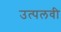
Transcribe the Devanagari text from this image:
उत्पलवी